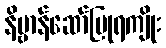
နိဗ္ဗာန်ဆော်ပြုရကျိုး